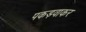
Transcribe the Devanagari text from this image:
पकड़वाकर